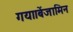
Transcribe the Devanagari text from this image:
गया।बेंजामिन